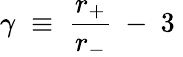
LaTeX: \gamma\; \equiv\; \frac{r_{+}}{r_{-}}~-~3\;